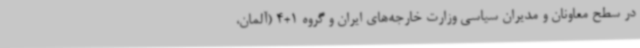
در سطح معاونان و مدیران سیاسی وزارت خارجه‌های ایران و گروه 1+4 (آلمان،